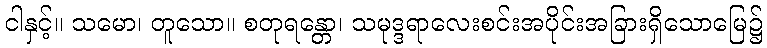
ငါနှင့်။ သမော၊ တူသော။ စတုရန္တော၊ သမုဒ္ဒရာလေးစင်းအပိုင်းအခြားရှိသောမြေ၌